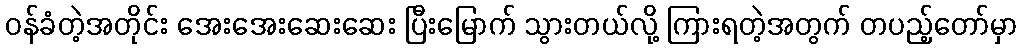
ဝန်ခံတဲ့အတိုင်း အေးအေးဆေးဆေး ပြီးမြောက် သွားတယ်လို့ ကြားရတဲ့အတွက် တပည့်တော်မှာ